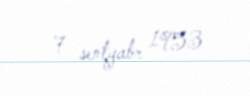
7 sentyabr 1953